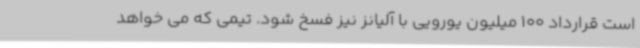
است قرارداد 100 میلیون یورویی با آلیانز نیز فسخ شود. تیمی که می خواهد